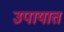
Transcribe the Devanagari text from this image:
उपायात